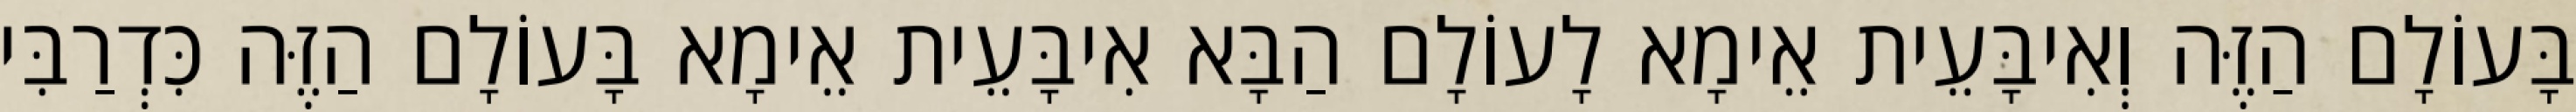
בָּעוֹלָם הַזֶּה וְאִיבָּעֵית אֵימָא לָעוֹלָם הַבָּא אִיבָּעֵית אֵימָא בָּעוֹלָם הַזֶּה כִּדְרַבִּי